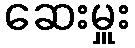
ဆေးမှူး